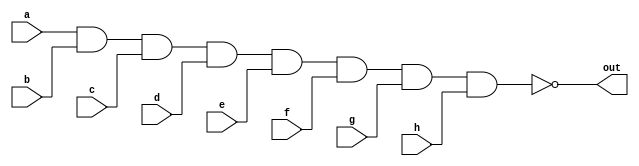
module nand_input_gatelevel(out,a,b,c,d,e,f,g,h);
input a,b,c,d,e,f,g,h;
output out;
nand(out,a,b,c,d,e,f,g,h);
endmodule